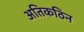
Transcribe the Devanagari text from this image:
अतिकठिन